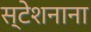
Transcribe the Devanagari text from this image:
स्टेशनाना